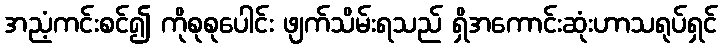
အညံ့ကင်းစင်၍ ကိုစုစုပေါင်း ဖျက်သိမ်းရသည် ရှိအကောင်းဆုံးဟာသရုပ်ရှင်